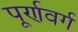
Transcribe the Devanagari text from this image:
पूर्णवर्ग